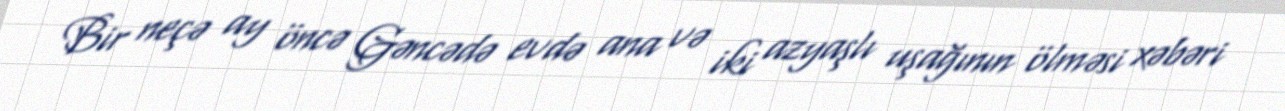
Bir neçə ay öncə Gəncədə evdə ana və iki azyaşlı uşağının ölməsi xəbəri